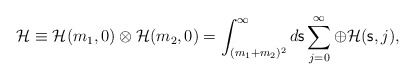
\begin{align*}{\mathcal H}\equiv{\mathcal H}(m_1,0)\otimes{\mathcal H}(m_2,0)=\int_{(m_1+m_2)^2}^{\infty}d{\mathsf{s}}\sum_{j=0}^{\infty}\oplus{\mathcal H}({\mathsf{s}},j),\end{align*}